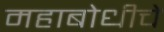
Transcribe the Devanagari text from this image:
महाबोधीचे